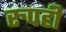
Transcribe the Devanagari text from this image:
रुपही